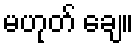
မဟုတ် ချေ။